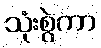
သုံးစွဲကာ